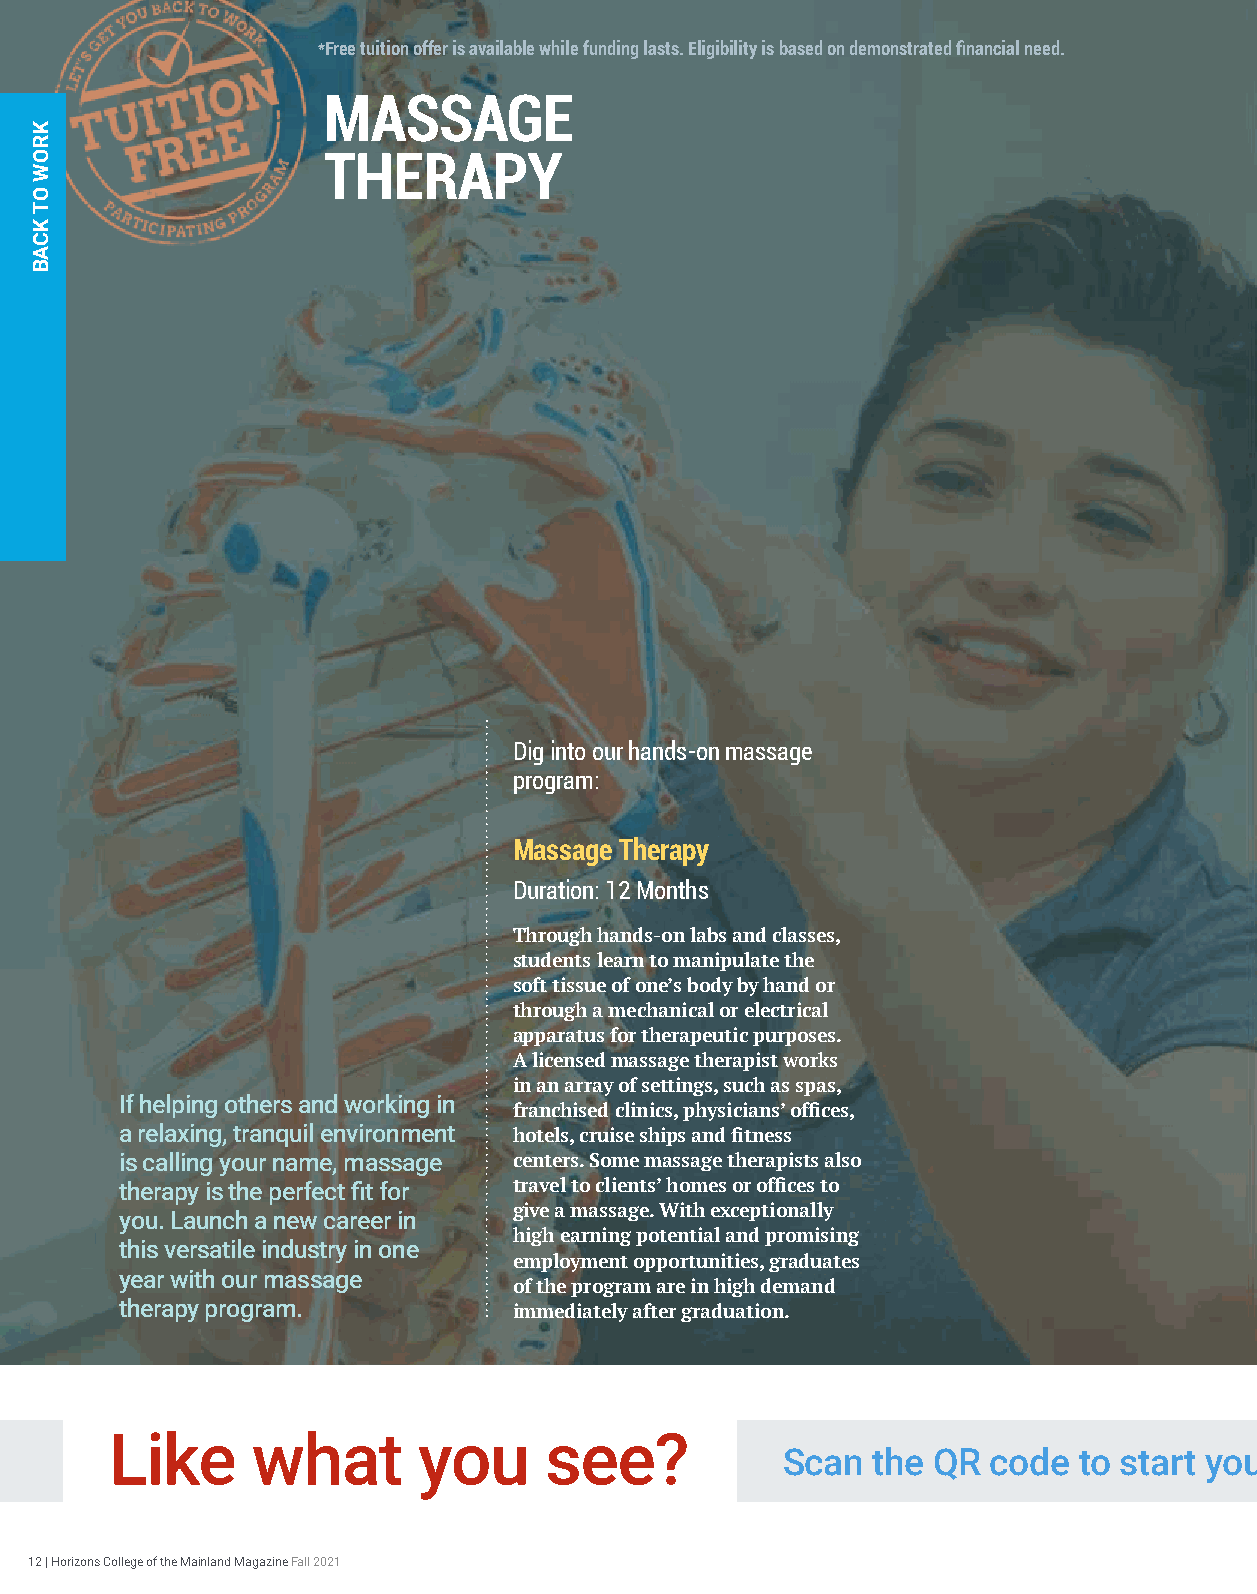
*Free tuition offer is available while funding lasts. Eligibility is based on demonstrated financial need.
 MASSAGE
 THERAPY
 Dig into our hands-on massage
 program:
 Massage Therapy
 Duration: 12 Months
 Through hands-on labs and classes,
 students learn to manipulate the
 soft tissue of one’s body by hand or
 through a mechanical or electrical
 apparatus for therapeutic purposes.
 A licensed massage therapist works
 in an array of settings, such as spas,
 If helping others and working in
 franchised clinics, physicians’ offices,
 a relaxing, tranquil environment hotels, cruise ships and fitness
 is calling your name, massage centers. Some massage therapists also
 therapy is the perfect fit for travel to clients’ homes or offices to
 give a massage. With exceptionally
 you. Launch a new career in
 high earning potential and promising
 this versatile industry in one
 employment opportunities, graduates
 year with our massage
 of the program are in high demand
 therapy program.          immediately after graduation.
 Like      what       you     see?
 Scan  the QR  code to start your
 12 | Horizons College of the Mainland Magazine Fall 2021
 KKKRRROOOWWW
 OOOTTT
 KKKCCCAAABBB